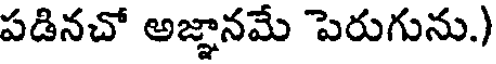
పడినచో అజ్ఞానమే పెరుగును.)